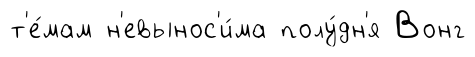
т'е́мам н'евынос'и́ма полу́дн'я Вонг